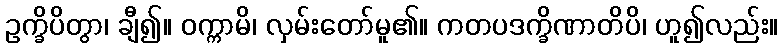
ဥက္ခိပိတွာ၊ ချီ၍။ ဝက္ကာမိ၊ လှမ်းတော်မူ၏။ ကတပဒက္ခိဏာတိပိ၊ ဟူ၍လည်း။